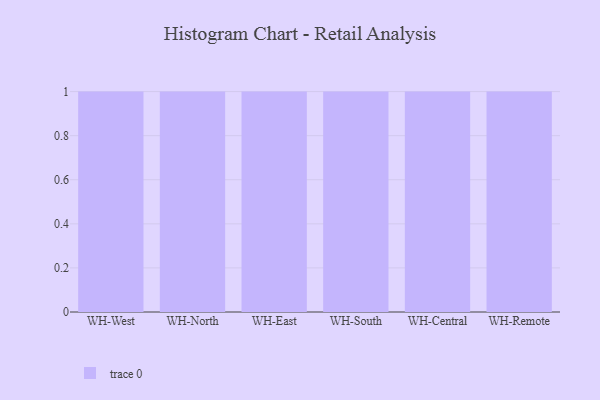
{"axis": {"x": "Warehouse", "y": "Market Share (%)"}, "legend": [""], "data": [{"x": "WH-West", "y": 13, "type": ""}, {"x": "WH-North", "y": 9, "type": ""}, {"x": "WH-East", "y": 35, "type": ""}, {"x": "WH-South", "y": 14, "type": ""}, {"x": "WH-Central", "y": 12, "type": ""}, {"x": "WH-Remote", "y": 11, "type": ""}]}